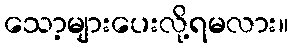
သော့များပေးလို့ရမလား။